Scientific memoirs by medical officers of the Army of India - Part VIII,
Year: 1894
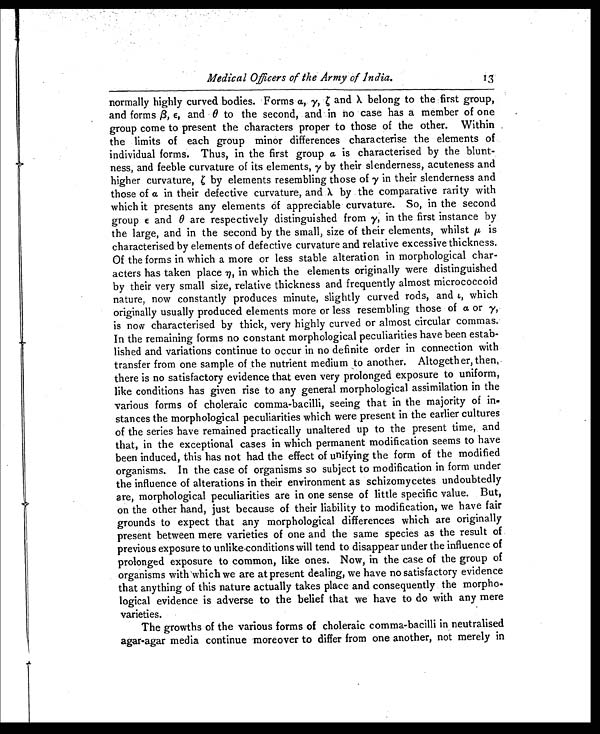
Medical Officers of the Army of India13.
normally highly curved bodies. Forms α, γ , ζ and λV belong to the first group,
and forms β , ε , and θ to the second, and in no case has a member of one .
group come to present the characters proper to those of the other. Within
the limits of each group minor differences characterise the elements of
individual forms. Thus, in the first group a is characterised by the blunt-
ness, and feeble curvature of its elements, γ by their slenderness, acuteness and
higher curvature, by elements resembling those of γ in their slenderness and
those of a in their defective curvature, and λ by the comparative rarity with
which it presents any elements of appreciable curvature. So, in the second
group ε and θ are respectively distinguished from γ, in the first instance by
the large, and in the second by the small, size of their elements, whilst μ is
characterised by elements of defective curvature and relative excessive thickness.
Of the forms in which a more or less stable alteration in morphological char-
acters has taken placneη , i n
w h i c h t h e e l e m e n t s o r i g i n a l l y w e r e d i s t i n g u i s h e d
by their very small size, relative thickness and frequently almost micrococcoid
nature, now constantly produces minute, slightly curved rods, and ι, which
originally usually produced elements more or less resembling those of a or γ ,
is now characterised by thick, very highly curved or almost circular commas.
In the remaining forms no constant morphological peculiarities have been estab-
lished and variations continue to occur in no definite order in connection with
transfer from one sample of the nutrient medium to another. Altogether, then,.
there is no satisfactory evidence that even very prolonged exposure to uniform,
like conditions has given rise to any general morphological assimilation in the
various forms of choleraic comma-bacilli, seeing that in the majority of in-
stances the morphological peculiarities which were present in the earlier cultures
of the series have remained practically unaltered up to the present time, and
that, in the exceptional cases in which permanent modification seems to have
been induced, this has not had the effect of unifying the form of the modified
organisms. In the case of organisms so subject to modification in form under
the influence of alterations in their environment as schizomycetes undoubtedly
are, morphological peculiarities are in one sense of little specific value. But,
on the other hand, just because of their liability to modification, we have fair
grounds to expect that any morphological differences which are originally
present between mere varieties of one and the same species as the result of
previous exposure to unlike.conditions will tend to disappear under the influence of
prolonged exposure to common, like ones. Now, in the case of the group of
organisms with'which we are at present dealing, we have no satisfactory evidence
that anything of this nature actually takes place and consequently the morpho-
logical evidence is adverse to the belief that we have to do with any mere
varieties.
The growths of the various forms of choleraic comma-bacilli in neutralised
agar-agar media continue moreover to differ from one another, not merely in